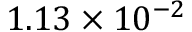
1 . 1 3 \times 1 0 ^ { - 2 }